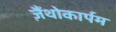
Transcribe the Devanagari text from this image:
ज़ैंथोकार्पम